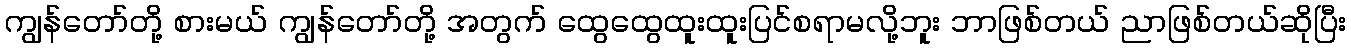
ကျွန်တော်တို့ စားမယ် ကျွန်တော်တို့ အတွက် ထွေထွေထူးထူးပြင်စရာမလို့ဘူး ဘာဖြစ်တယ် ညာဖြစ်တယ်ဆိုပြီး